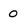
Character: 0